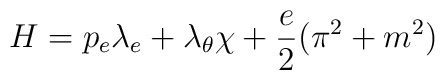
H=p_e\lambda_e+\lambda_\theta\chi+\frac{e}{2}(\pi^2+m^2)